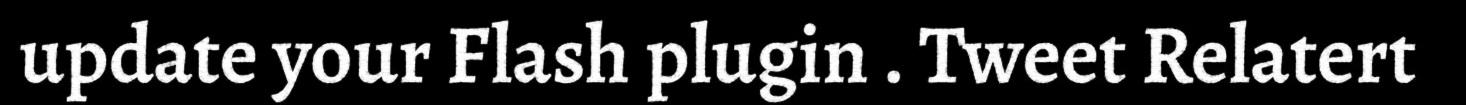
update your Flash plugin . Tweet Relatert